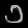
Digit: ၁